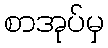
စာအုပ်မှ